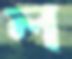
ল